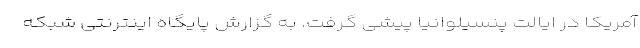
آمریکا در ایالت پنسیلوانیا پیشی گرفت. به گزارش پایگاه اینترنتی شبکه